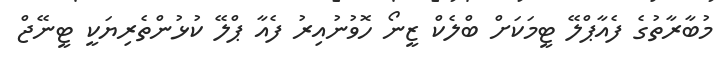
މުބާރާތުގެ ފެއާޕްލޭ ޓީމަކަށް ބްލެކް ޒީނޯ ހޮވުނުއިރު ފެއާ ޕްލޭ ކުޅުންތެރިޔަކީ ޓީނޭޖް